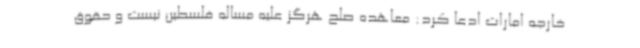
خارجه امارات ادعا کرد: معاهده صلح هرگز علیه مساله فلسطین نیست و حقوق